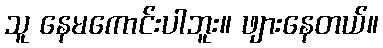
သူ နေမကောင်းပါဘူး။ ဖျားနေတယ်။